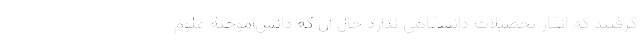
گرفتند که انگار تحصیلات دانشگاهی ندارد حال آن که دانش‌آموختۀ علوم